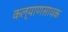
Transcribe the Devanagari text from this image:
कल्याणसाधक